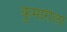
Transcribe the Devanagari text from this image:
कुमारीला